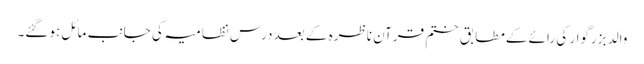
والد بزرگوار کی رائے کےمطابق ختم قرآن ناظرہ کے بعد درس نظامیہ کی جانب مائل ہوگئے۔